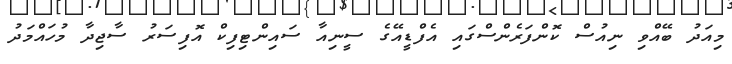
މިއަދު ބޭއްވި ނިއުސް ކޮންފަރެންސްގައި އެފްޑީއޭގެ ސީނިއާ ސައިންޓިފިކް އޮފިސަރު ސާޖިދާ މުހައްމަދު